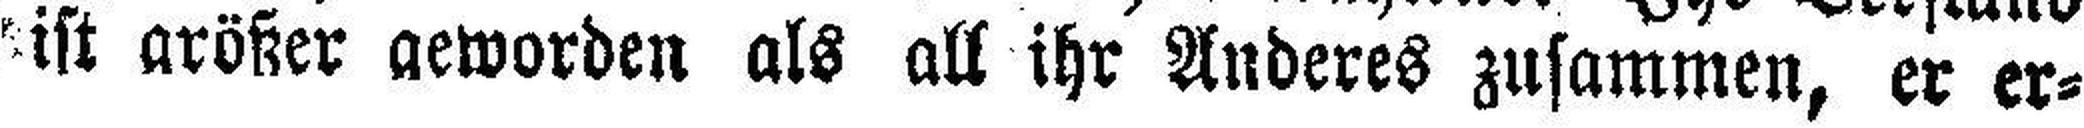
ist größer geworden als all ihr Anderes zusammen, er er¬